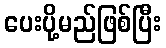
ပေးပို့မည်ဖြစ်ပြီး